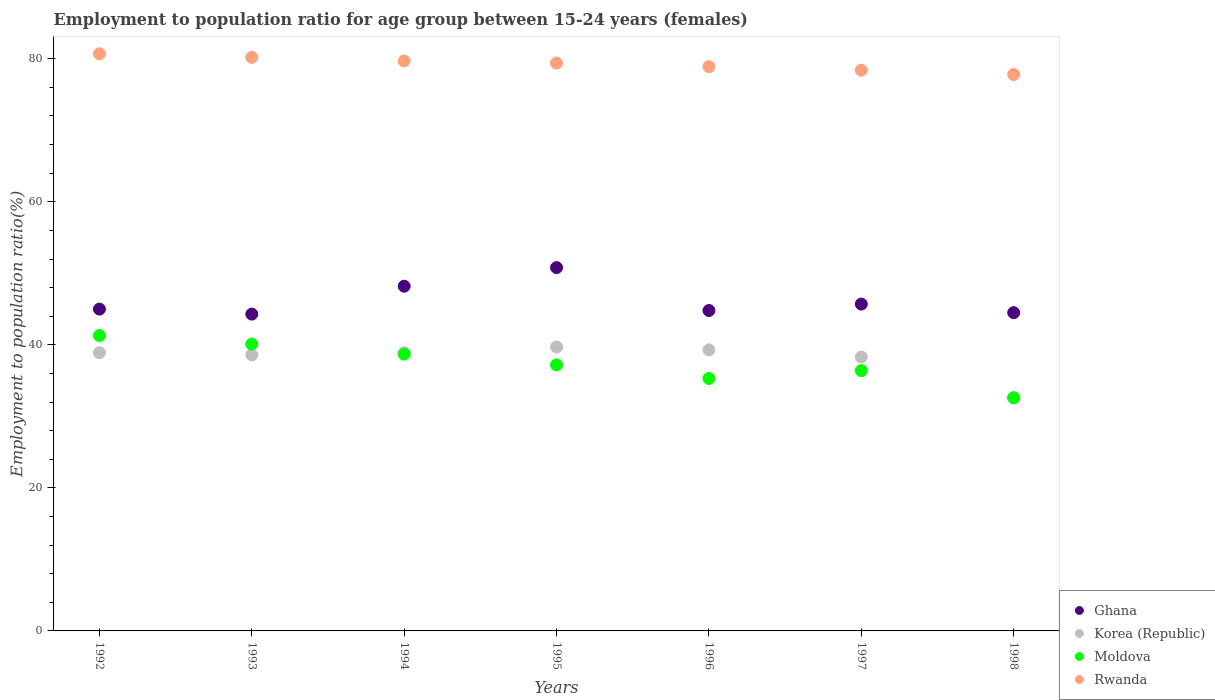
| Years | Ghana | Korea (Republic) | Moldova | Rwanda |
 | --- | --- | --- | --- | --- |
 | 1992 | 45 | 38.9 | 41.3 | 80.7 |
 | 1993 | 44.3 | 38.6 | 40.1 | 80.2 |
 | 1994 | 48.2 | 38.9 | 38.7 | 79.7 |
 | 1995 | 50.8 | 39.7 | 37.2 | 79.4 |
 | 1996 | 44.8 | 39.3 | 35.3 | 78.9 |
 | 1997 | 45.7 | 38.3 | 36.4 | 78.4 |
 | 1998 | 44.5 | 32.6 | 32.6 | 77.8 |